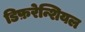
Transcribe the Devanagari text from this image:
डिफ़रेन्शियल